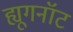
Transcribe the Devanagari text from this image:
ह्यूगनॉट